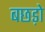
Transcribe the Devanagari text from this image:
बछड़ो